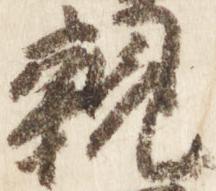
親